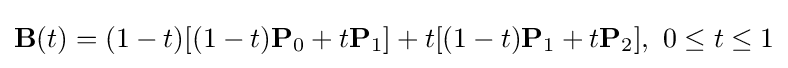
\mathbf {B} (t)=(1-t)[(1-t)\mathbf {P} _{0}+t\mathbf {P} _{1}]+t[(1-t)\mathbf {P} _{1}+t\mathbf {P} _{2}],\ 0\leq t\leq 1